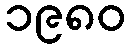
၁၉၈၀